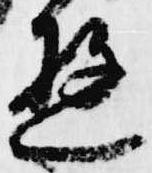
遊